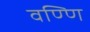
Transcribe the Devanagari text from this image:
वण्णि